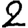
Digit: 2